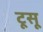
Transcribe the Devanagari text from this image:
टूसू